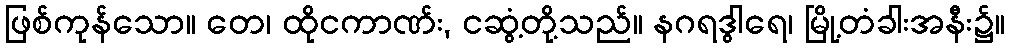
ဖြစ်ကုန်သော။ တေ၊ ထိုငကာဏ်း, ငဆွံ့တို့သည်။ နဂရဒွါရေ၊ မြို့တံခါးအနီး၌။